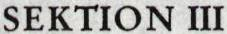
SEKTIONIII